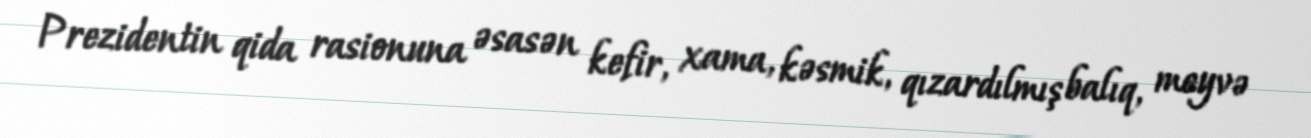
Prezidentin qida rasionuna əsasən kefir, xama, kəsmik, qızardılmış balıq, meyvə